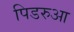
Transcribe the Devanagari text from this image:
पिडरुआ